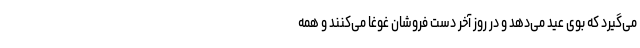
می‌گیرد که بوی عید می‌دهد و در روز آخر دست فروشان غوغا می‌کنند و همه